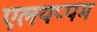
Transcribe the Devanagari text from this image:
एलयप्पम